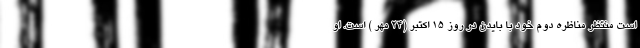
است منتظر مناظره دوم خود با بایدن در روز 15 اکتبر (24 مهر ) است. او